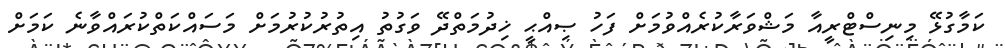
ކަމާގުޅޭ މިނިސްޓްރީއާ މަޝްވަރާކުރެއްވުމަށް ފަހު ޞިއްޙީ ޚިދުމަތްދޭ ވަގުތު އިތުރުކުރުމަށް މަސައްކަތްކުރައްވާނެ ކަމަށް